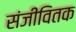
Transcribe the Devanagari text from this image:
संजीवितक